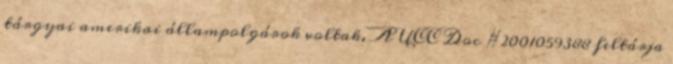
tárgyai amerikai állampolgárok voltak. A UCC Doc #2001059388 feltárja